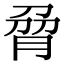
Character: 脋